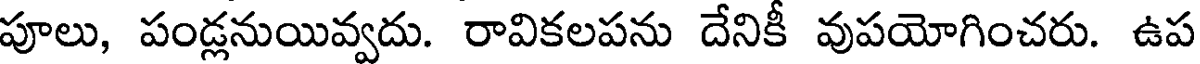
పూలు, పండ్లనుయివ్వదు. రావికలపను దేనికీ వుపయోగించరు. ఉప